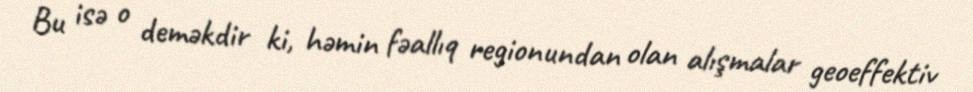
Bu isə o deməkdir ki, həmin fəallıq regionundan olan alışmalar geoeffektiv